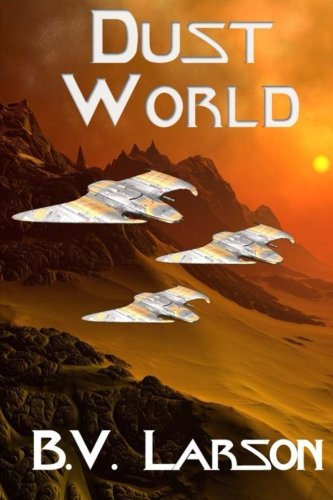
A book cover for Dust World (Undying Mercenaries) (Volume 2); B. V. Larson; Science Fiction & Fantasy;